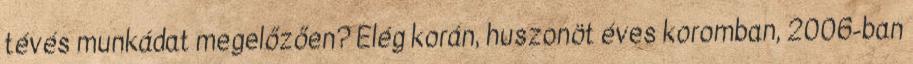
tévés munkádat megelőzően? Elég korán, huszonöt éves koromban, 2006-ban